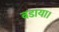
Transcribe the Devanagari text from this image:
बडाया।